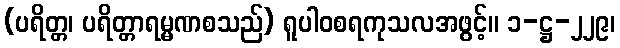
(ပရိတ္တ၊ ပရိတ္တာရမ္မဏစသည်) ရူပါဝစရကုသလအဖွင့်။ ၁-ဋ္ဌ-၂၂၉၊